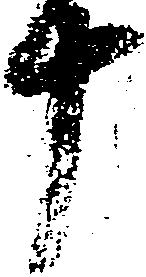
十